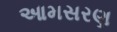
આમસરણ